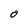
Character: O